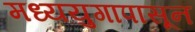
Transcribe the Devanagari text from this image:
मध्ययुगापासून